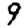
Digit: 9